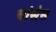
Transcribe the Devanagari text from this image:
चांसेस